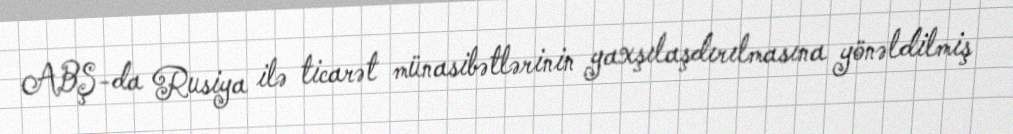
ABŞ-da Rusiya ilə ticarət münasibətlərinin yaxşılaşdırılmasına yönəldilmiş